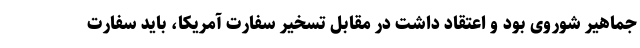
جماهیر شوروی بود و اعتقاد داشت در مقابل تسخیر سفارت آمریکا، باید سفارت